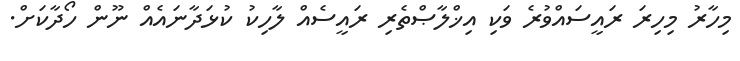
މިހާރު މިހިރަ ރައީސައްވުރެ ވަކި އިޚްލާޞްތެރި ރައީސެއް ލާހިކު ކުޅަދާނައެއް ނޫން ހޯދާކަށް.